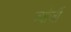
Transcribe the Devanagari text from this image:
ज्योर्जी